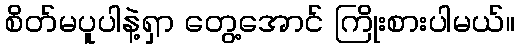
စိတ်မပူပါနဲ့ရှာ တွေ့အောင် ကြိုးစားပါမယ်။